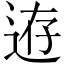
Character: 𨒸